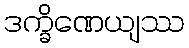
ဒက္ခိဏေယျဿ